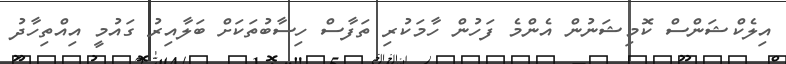
އިލެކްޝަންސް ކޮމިޝަނުން އެންމެ ފަހުން ހާމަކުރި ތަފާސް ހިސާބުތަކަށް ބަލާއިރު ގައުމީ އިއްތިހާދު